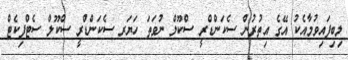
ލިބިފައިވުމާއެކު އޭގެ އިތުރުން ސެކަންޑްރީ ސްކޫލް ނުވަތަ ހަޔަރ ސެކަންޑްރީ ސްކޫލް ސެޓްފިކެޓް